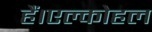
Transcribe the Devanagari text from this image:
हैं।एल्कोहल